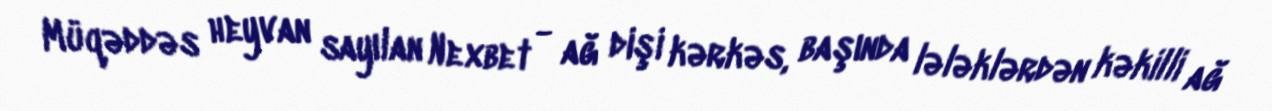
Müqəddəs heyvan sayılan Nexbet - ağ dişi kərkəs, başında lələklərdən kəkilli ağ